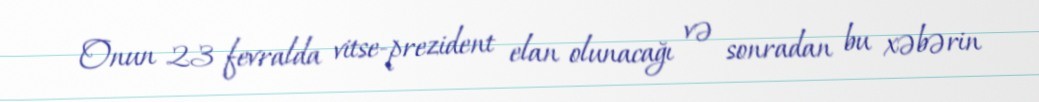
Onun 23 fevralda vitse-prezident elan olunacağı və sonradan bu xəbərin